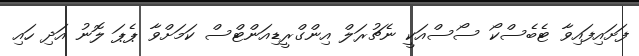
ފަށައިފައިވާ ޓެބެސްކޯ ސޯސްއަކީ ނެޗުރަލް އިންގްރީޑިއަންޓްސް ކަމަށްވާ ޕެޕަ ލޮނު އަދި ހައި